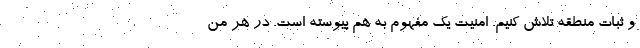
و ثبات منطقه تلاش کنیم. امنیت یک مفهوم به هم پیوسته است. در هر من